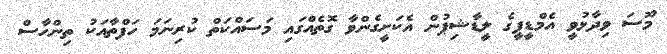
މޫސަ ވިދާޅުވީ އެމްޑީޕީގެ ލީޑާޝިޕުން އެކަށީގެންވާ ގޮތެއްގައި މަސައްކަތް ކުރިނަމަ ހަފްތާއަކު ތިންހާސް